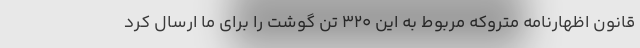
قانون اظهارنامه متروکه مربوط به این ۳۲۰ تن گوشت را برای ما ارسال کرد